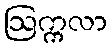
ဩက္ကလာ